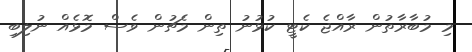
މި މުބާރާތުން ރާއްޖެ ކެޓީ ކުޅުނު ތިން މެޗުން ވެސް މޮޅެއް ނުލިބި